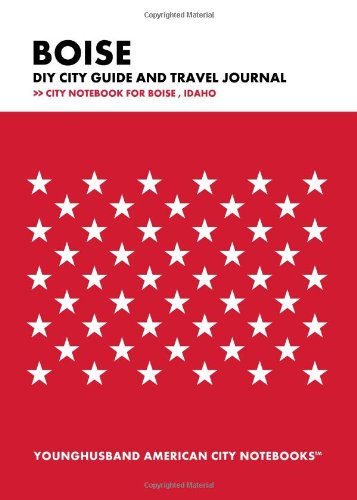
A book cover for Boise  DIY City Guide and Travel Journal: City Notebook for Boise , Idaho; Younghusband American City Notebooks; Travel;